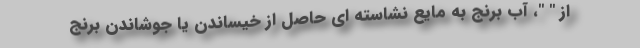
از " "، آب برنج به مایع نشاسته ای حاصل از خیساندن یا جوشاندن برنج